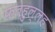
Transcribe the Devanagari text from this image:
फतहुल्लह